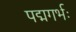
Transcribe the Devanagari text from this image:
पद्मगर्भः